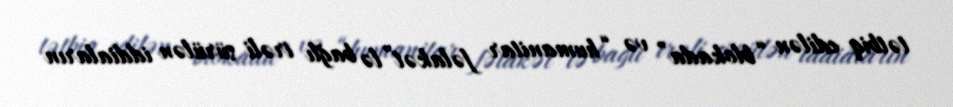
tətbiq edilən “blokada” və “humanitar fəlakət”lə bağlı irəli sürülən iddiaların